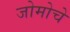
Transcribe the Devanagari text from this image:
जोमोचे